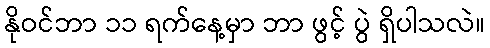
နိုဝင်ဘာ ၁၁ ရက်နေ့မှာ ဘာ ဖွင့် ပွဲ ရှိပါသလဲ။